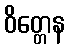
ဝိတ္တေန